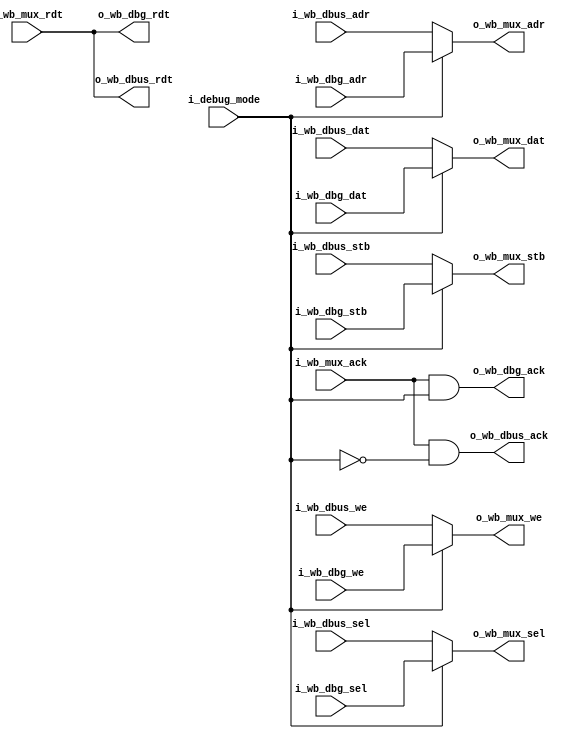
// This program was cloned from: https://github.com/olofk/tt07test
// License: Apache License 2.0

/*
 * subservient_debug_switch.v : Wishbone debug switch for subservient SoC
 *
 * SPDX-FileCopyrightText: 2021 Olof Kindgren <olof.kindgren@gmail.com>
 * SPDX-License-Identifier: Apache-2.0
 */

module subservient_debug_switch
  (//Debug selector
   input wire 	      i_debug_mode,

   //Debug interface
   input wire [31:0]  i_wb_dbg_adr,
   input wire [31:0]  i_wb_dbg_dat,
   input wire [3:0]   i_wb_dbg_sel,
   input wire 	      i_wb_dbg_we,
   input wire 	      i_wb_dbg_stb,
   output wire [31:0] o_wb_dbg_rdt,
   output wire 	      o_wb_dbg_ack,

   //Data bus interface towards CPU
   input wire [31:0]  i_wb_dbus_adr,
   input wire [31:0]  i_wb_dbus_dat,
   input wire [3:0]   i_wb_dbus_sel,
   input wire 	      i_wb_dbus_we,
   input wire 	      i_wb_dbus_stb,
   output wire [31:0] o_wb_dbus_rdt,
   output wire 	      o_wb_dbus_ack,

   //Data bus interface towards memory/peripherals
   output wire [31:0] o_wb_mux_adr,
   output wire [31:0] o_wb_mux_dat,
   output wire [3:0]  o_wb_mux_sel,
   output wire 	      o_wb_mux_we,
   output wire 	      o_wb_mux_stb,
   input wire [31:0]  i_wb_mux_rdt,
   input wire 	      i_wb_mux_ack);

   assign o_wb_dbg_rdt  = i_wb_mux_rdt;
   assign o_wb_dbg_ack  = i_wb_mux_ack & i_debug_mode;

   assign o_wb_dbus_rdt = i_wb_mux_rdt;
   assign o_wb_dbus_ack = i_wb_mux_ack & !i_debug_mode;

   assign o_wb_mux_adr = i_debug_mode ? i_wb_dbg_adr : i_wb_dbus_adr;
   assign o_wb_mux_dat = i_debug_mode ? i_wb_dbg_dat : i_wb_dbus_dat;
   assign o_wb_mux_sel = i_debug_mode ? i_wb_dbg_sel : i_wb_dbus_sel;
   assign o_wb_mux_we  = i_debug_mode ? i_wb_dbg_we  : i_wb_dbus_we ;
   assign o_wb_mux_stb = i_debug_mode ? i_wb_dbg_stb : i_wb_dbus_stb;


endmodule